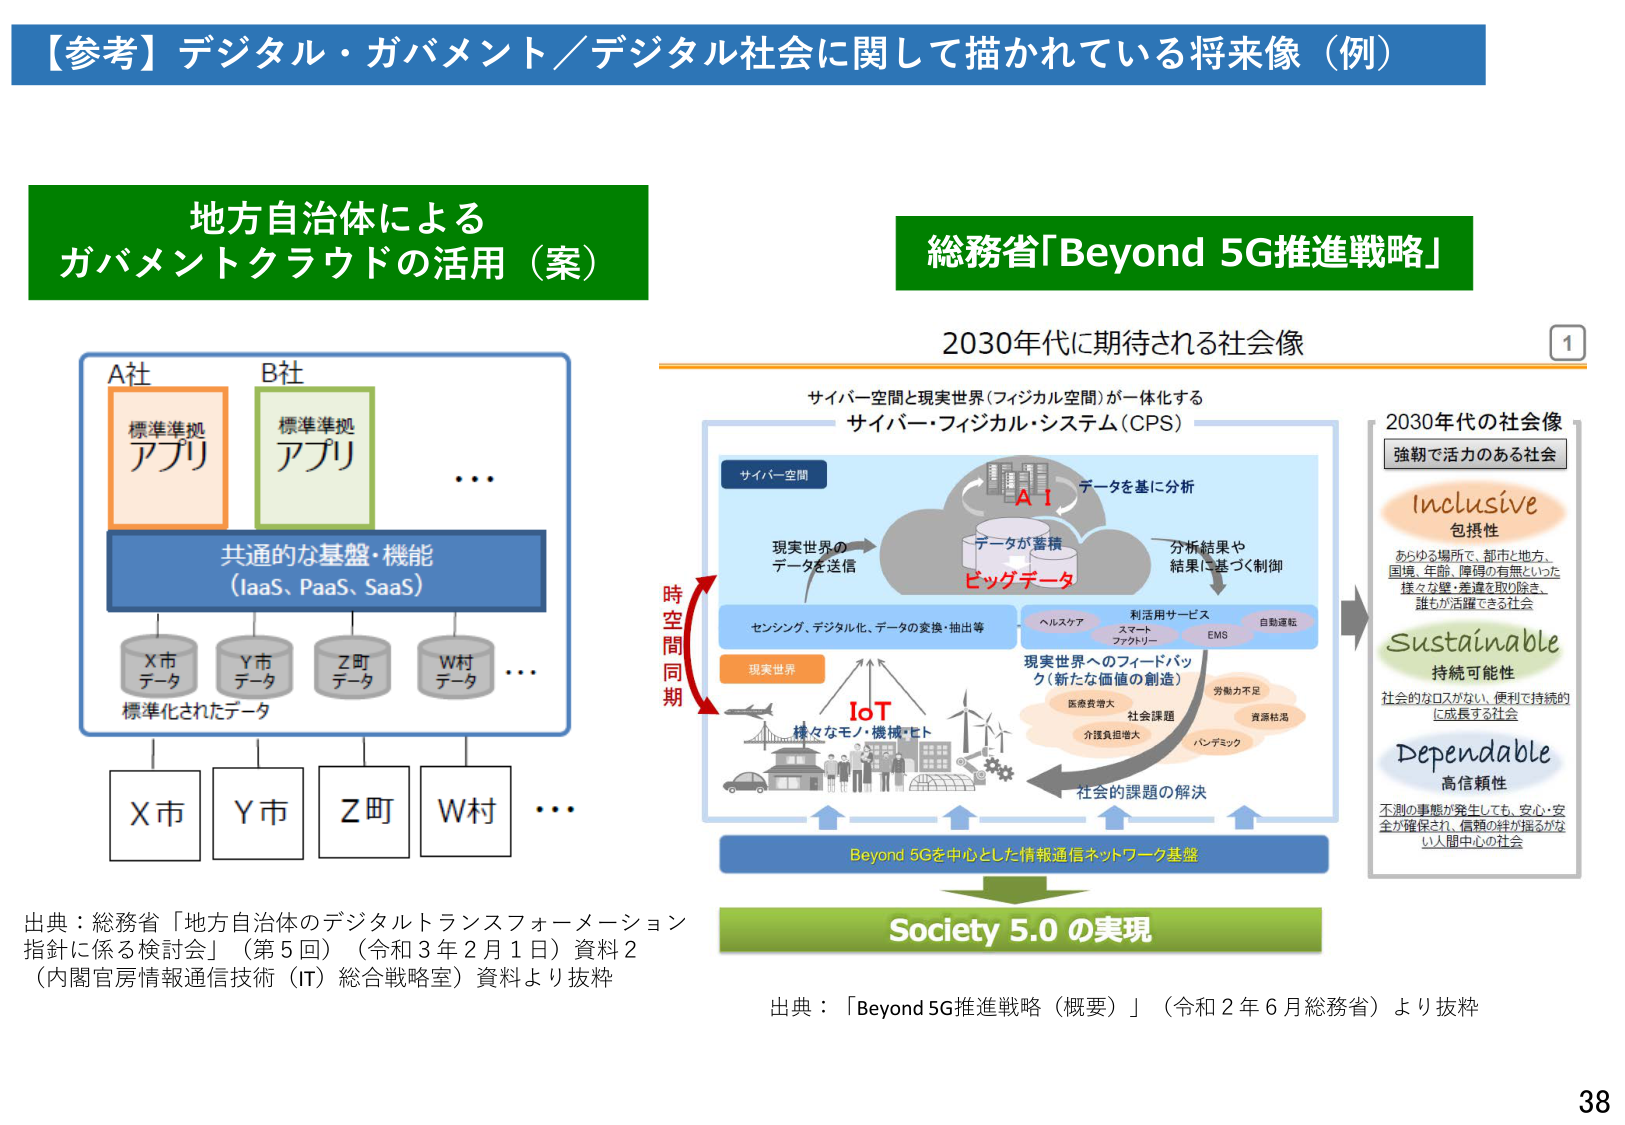
【参考】デジタル・ガバメント／デジタル社会に関して描かれている将来像（例）

地方自治体による
ガバメントクラウドの活用（案）

A社
標準準拠
アプリ

B社
標準準拠
アプリ

…

共通的な基盤・機能
（IaaS、PaaS、SaaS）

X市
データ
標準化されたデータ

Y市
データ

Z町
データ

W村
データ

…

X市
Y市
Z町
W村
…

出典：総務省「地方自治体のデジタルトランスフォーメーション
指針に係る検討会」（第5回）（令和3年2月1日）資料2
（内閣官房情報通信技術（IT）総合戦略室）資料より抜粋

総務省「Beyond 5G推進戦略」

2030年代に期待される社会像

サイバー空間と現実世界（フィジカル空間）が一体化する
サイバー・フィジカル・システム（CPS）

サイバー空間
現実世界の
データを送信

AI
データを基に分析

データが蓄積
ビッグデータ

分析結果や
結果に基づく制御

センシング、デジタル化、データの変換・抽出等

現実世界
IoT
様々なモノ・機械・ヒト

利用用サービス
ヘルスケア
スマート
ファクトリー
EMS
自動運転

現実世界へのフィードバック
（新たな価値の創造）
医療費増大
社会課題
介護負担増大
労働力不足
資源枯渇
パンデミック

社会的課題の解決

時空間同期

Beyond 5Gを中心とした情報通信ネットワーク基盤

Society 5.0 の実現

2030年代の社会像
強靭で活力のある社会

Inclusive
包摂性
あらゆる場所で、都市と地方、
国境、年齢、障碍の有無といった
様々な壁・差違を取り除き、
誰もが活躍できる社会

Sustainable
持続可能性
社会的なロスがない、便利で持続的
に成長する社会

Dependable
高信頼性
不測の事態が発生しても、安心・安
全が確保され、信頼の絆が揺るがな
い人間中心の社会

出典：「Beyond 5G推進戦略（概要）」（令和2年6月総務省）より抜粋

38